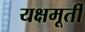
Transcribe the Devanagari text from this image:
यक्षमूर्ती